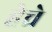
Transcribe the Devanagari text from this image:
हेचे